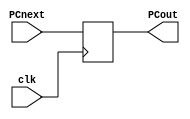
module PC (input [31:0] PCnext,
            input clk,
                output reg [31:0] PCout);
    
    initial PCout = 0;
    
    always @(posedge clk) begin
            PCout = PCnext;
    end

endmodule